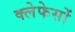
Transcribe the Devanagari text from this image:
क्लेफेसों